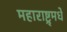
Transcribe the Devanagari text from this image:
महाराष्ट्र्मधे